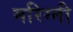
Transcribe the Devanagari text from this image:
मरिग्नी